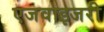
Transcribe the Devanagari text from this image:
एजवाइजरी